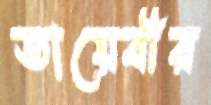
তায়েবীর